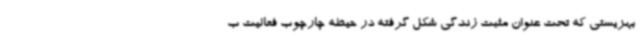
بهزیستی که تحت عنوان مثبت زندگی شکل گرفته در حیطه چارچوب فعالیت ب